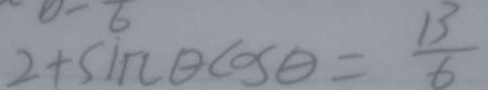
2 + \sin \theta \cos \theta = \frac { 1 3 } { 6 }